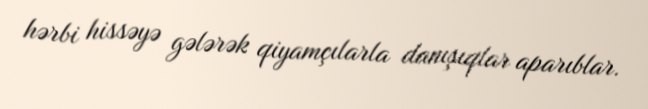
hərbi hissəyə gələrək qiyamçılarla danışıqlar aparıblar.